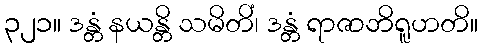
၃၂၁။ ဒန္တံ နယန္တိ သမိတိံ၊ ဒန္တံ ရာဇာဘိရူဟတိ။